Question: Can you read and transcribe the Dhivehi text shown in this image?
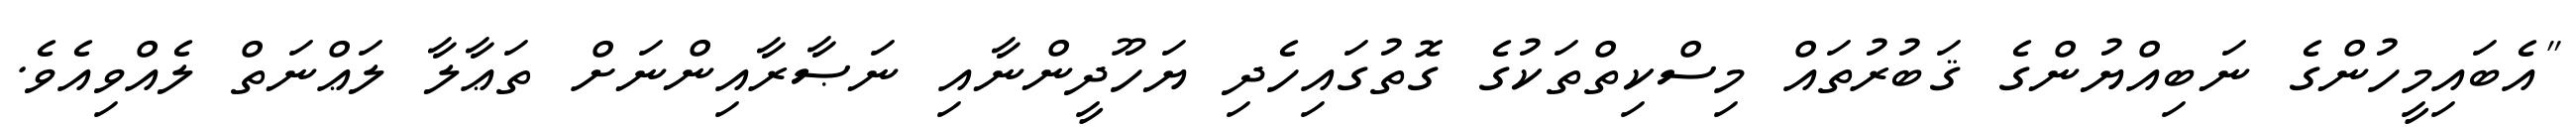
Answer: "އެބައިމީހުންގެ ނަބިއްޔުންގެ ޤަބުރުތައް މިސްކިތްތަކުގެ ގޮތުގައިހެދި ޔަހޫދީންނާއި ނަޞާރާއިންނަށް ތަޢާލާ ލަޢްނަތް ލެއްވިއެވެ.